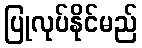
ပြုလုပ်နိုင်မည်